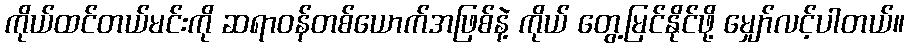
ကိုယ်ထင်တယ်မင်းကို ဆရာဝန်တစ်ယောက်အဖြစ်နဲ့ ကိုယ် တွေ့မြင်နိုင်ဖို့ မျှော်လင့်ပါတယ်။